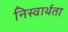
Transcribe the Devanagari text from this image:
निस्वार्थता